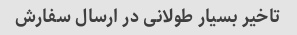
تاخیر بسیار طولانی در ارسال سفارش